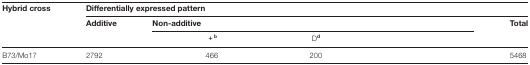
<table><thead><tr><td><b>Hybrid cross</b></td><td colspan="8"><b>Differentially expressed pattern</b></td><td>[EMPTY_CELL]</td></tr><tr><td>[EMPTY_CELL]</td><td><b>Additive</b></td><td colspan="7"><b>Non-additive</b></td><td><b>Total</b></td></tr></thead><tbody><tr><td>[EMPTY_CELL]</td><td>[EMPTY_CELL]</td><td>[EMPTY_CELL]</td><td><b>+</b><sup><b>b</b></sup></td><td>[EMPTY_CELL]</td><td>D<sup><b>d</b></sup></td><td>[EMPTY_CELL]</td><td>[EMPTY_CELL]</td><td>[EMPTY_CELL]</td><td>[EMPTY_CELL]</td></tr><tr><td>B73/Mo17</td><td>2792</td><td>[EMPTY_CELL]</td><td>466</td><td>[EMPTY_CELL]</td><td>200</td><td>[EMPTY_CELL]</td><td>[EMPTY_CELL]</td><td>[EMPTY_CELL]</td><td>5468</td></tr></tbody></table>